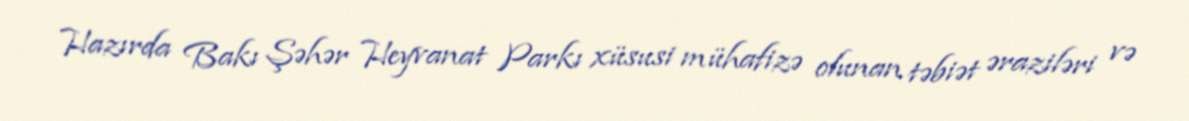
Hazırda Bakı Şəhər Heyvanat Parkı xüsusi mühafizə olunan təbiət əraziləri və